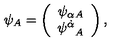
\psi _ { A } = \left( \begin{array} { c } { { \psi _ { \alpha } } { } _ { A } } \\ { { \psi ^ { \dot { \alpha } } } _ { A } } \\ \end{array} \right) ,